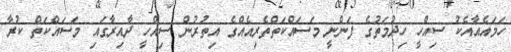
ހަމައެއާއެކު ސިއްހީ ހިދުމަތުގެ ފަންނީ މަސައްކަތްތެރިއެއްގެ އިތުރުން ސިއްހީ ދާއިރާގައި މަސައްކަތް ކުރާ